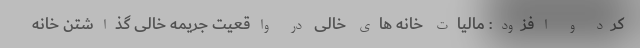
کرد و افزود: مالیات خانه های خالی در واقعیت جریمه خالی گذاشتن خانه